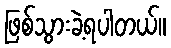
ဖြစ်သွားခဲ့ရပါတယ်။